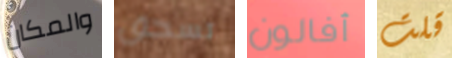
والمكان تسحق أفالون قلت